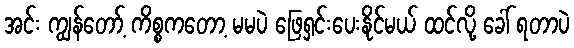
အင်း ကျွန်တော့် ကိစ္စကတော့ မမပဲ ဖြေရှင်းပေးနိုင်မယ် ထင်လို့ ခေါ် ရတာပဲ